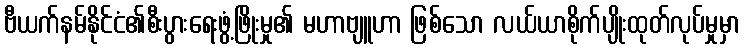
ဗီယက်နမ်နိုင်ငံ၏စီးပွားရေးဖွံ့ဖြိုးမှု၏ မဟာဗျူဟာ ဖြစ်သော လယ်ယာစိုက်ပျိုးထုတ်လုပ်မှုမှာ